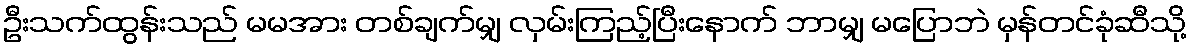
ဦးသက်ထွန်းသည် မမအား တစ်ချက်မျှ လှမ်းကြည့်ပြီးနောက် ဘာမျှ မပြောဘဲ မှန်တင်ခုံဆီသို့